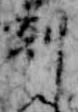
剋